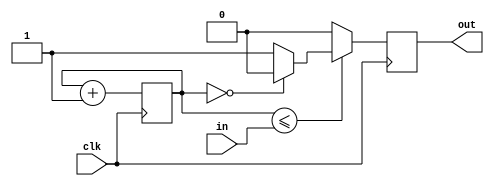
module pwm(in,clk,out);
input[7:0] in;
input clk;
output reg out;

reg[7:0] counter;

	always@(posedge clk)
	begin
		if(counter<=in)
		begin
			if(counter == 8'b0)
				out <= 1'b0;
			else
				out <=1'b1;
		end
		else 
			 out <=1'b0;
		counter<=counter+1'b1;
	end

endmodule